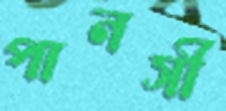
পানসী